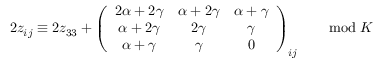
2 z _ { i j } \equiv 2 z _ { 3 3 } + \left( \begin{array} { c c c } { { 2 \alpha + 2 \gamma } } & { { \alpha + 2 \gamma } } & { { \alpha + \gamma } } \\ { { \alpha + 2 \gamma } } & { { 2 \gamma } } & { { \gamma } } \\ { { \alpha + \gamma } } & { { \gamma } } & { { 0 } } \end{array} \right) _ { i j } \qquad \mathrm { m o d } \ K